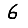
Digit: 6